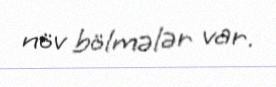
növ bölmələr var.